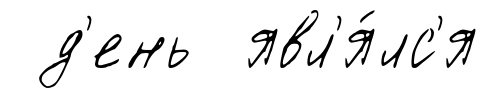
д'ень явл'я́лс'я